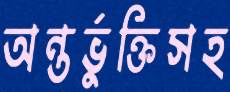
অন্তর্ভুক্তিসহ